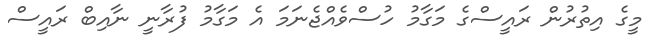
މީގެ އިތުރުން ރައީސްގެ މަގާމު ހުސްވެއްޖެނަމަ އެ މަގާމު ފުރާނީ ނާއިބް ރައީސް